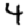
Digit: 4